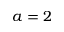
a = 2